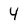
Character: 4